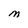
Character: M